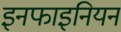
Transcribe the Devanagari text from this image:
इनफाइनियन